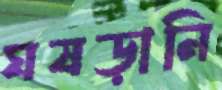
ঘষড়ানি